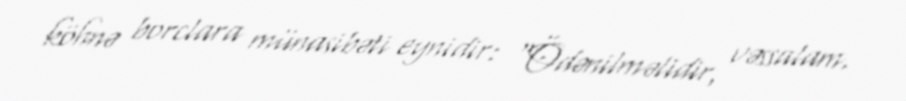
köhnə borclara münasibəti eynidir: “Ödənilməlidir, vəssalam.